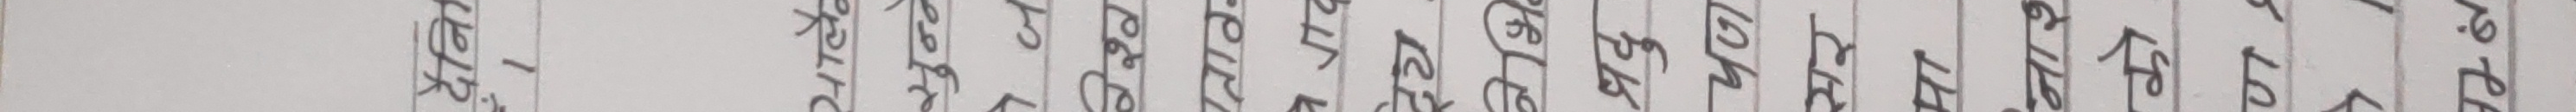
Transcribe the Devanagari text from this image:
१६।१२. २०६६ भाद्र २२ गते ।